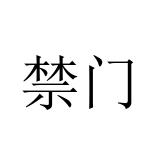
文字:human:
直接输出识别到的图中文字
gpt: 禁门